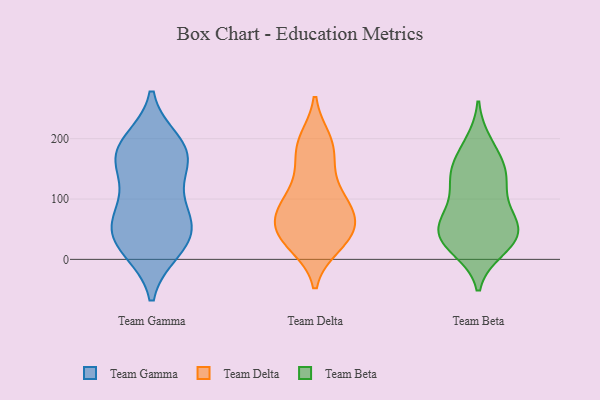
{"axis": {"x": "LTV (USD)", "y": "Value"}, "legend": ["Team Beta", "Team Delta", "Team Gamma"], "data": [{"x": "", "y": 16, "type": "Team Gamma"}, {"x": "", "y": 158, "type": "Team Gamma"}, {"x": "", "y": 37, "type": "Team Gamma"}, {"x": "", "y": 180, "type": "Team Gamma"}, {"x": "", "y": 153, "type": "Team Gamma"}, {"x": "", "y": 55, "type": "Team Gamma"}, {"x": "", "y": 194, "type": "Team Gamma"}, {"x": "", "y": 170, "type": "Team Gamma"}, {"x": "", "y": 84, "type": "Team Gamma"}, {"x": "", "y": 96, "type": "Team Gamma"}, {"x": "", "y": 41, "type": "Team Gamma"}, {"x": "", "y": 186, "type": "Team Gamma"}, {"x": "", "y": 16, "type": "Team Gamma"}, {"x": "", "y": 63, "type": "Team Gamma"}, {"x": "", "y": 188, "type": "Team Delta"}, {"x": "", "y": 69, "type": "Team Delta"}, {"x": "", "y": 105, "type": "Team Delta"}, {"x": "", "y": 39, "type": "Team Delta"}, {"x": "", "y": 68, "type": "Team Delta"}, {"x": "", "y": 100, "type": "Team Delta"}, {"x": "", "y": 89, "type": "Team Delta"}, {"x": "", "y": 40, "type": "Team Delta"}, {"x": "", "y": 28, "type": "Team Delta"}, {"x": "", "y": 135, "type": "Team Delta"}, {"x": "", "y": 24, "type": "Team Delta"}, {"x": "", "y": 192, "type": "Team Delta"}, {"x": "", "y": 64, "type": "Team Delta"}, {"x": "", "y": 34, "type": "Team Delta"}, {"x": "", "y": 165, "type": "Team Delta"}, {"x": "", "y": 75, "type": "Team Delta"}, {"x": "", "y": 197, "type": "Team Delta"}, {"x": "", "y": 131, "type": "Team Beta"}, {"x": "", "y": 152, "type": "Team Beta"}, {"x": "", "y": 67, "type": "Team Beta"}, {"x": "", "y": 193, "type": "Team Beta"}, {"x": "", "y": 140, "type": "Team Beta"}, {"x": "", "y": 43, "type": "Team Beta"}, {"x": "", "y": 37, "type": "Team Beta"}, {"x": "", "y": 144, "type": "Team Beta"}, {"x": "", "y": 88, "type": "Team Beta"}, {"x": "", "y": 130, "type": "Team Beta"}, {"x": "", "y": 20, "type": "Team Beta"}, {"x": "", "y": 31, "type": "Team Beta"}, {"x": "", "y": 82, "type": "Team Beta"}, {"x": "", "y": 17, "type": "Team Beta"}, {"x": "", "y": 35, "type": "Team Beta"}, {"x": "", "y": 57, "type": "Team Beta"}, {"x": "", "y": 183, "type": "Team Beta"}, {"x": "", "y": 56, "type": "Team Beta"}]}